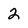
Character: 2